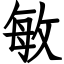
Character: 敏